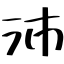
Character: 沛